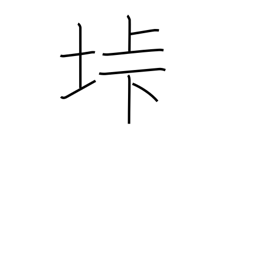
Meaning: mountain pass